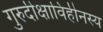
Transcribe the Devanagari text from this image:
गुरुदीक्षाविहीनस्य